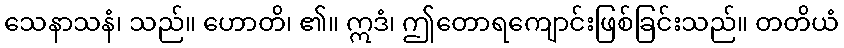
သေနာသနံ၊ သည်။ ဟောတိ၊ ၏။ ဣဒံ၊ ဤတောရကျောင်းဖြစ်ခြင်းသည်။ တတိယံ